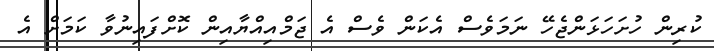
ކުރިން ހުށަހަޅަންޖެހޭ ނަމަވެސް އެކަން ވެސް އެ ޖަމްއިއްޔާއިން ކޮށްފައިނުވާ ކަމަށް އެ